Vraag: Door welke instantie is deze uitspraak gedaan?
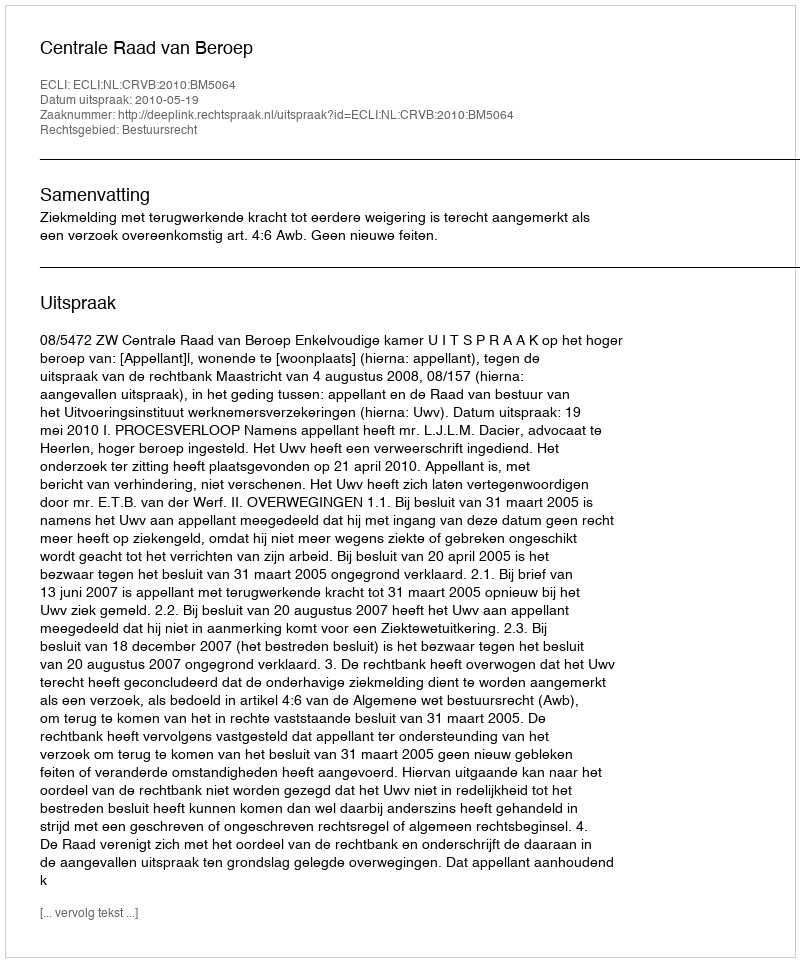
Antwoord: Centrale Raad van Beroep